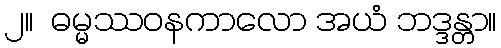
၂။  ဓမ္မဿဝနကာလော အယံ ဘဒ္ဒန္တာ။